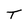
Character: T